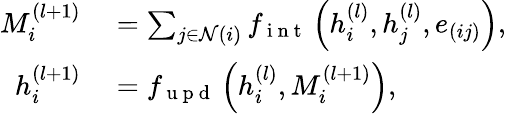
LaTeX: \begin{array}{rl}{M_{i}^{(l+1)}}&{{}=\sum_{j\in\mathcal{N}(i)}f_{\mathrm{~i~n~t~}}\left(h_{i}^{(l)},h_{j}^{(l)},e_{(ij)}\right),}\\ {h_{i}^{(l+1)}}&{{}=f_{\mathrm{~u~p~d~}}\left(h_{i}^{(l)},M_{i}^{(l+1)}\right),}\end{array}